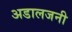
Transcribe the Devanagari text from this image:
अडालजनी